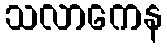
သလာကေန